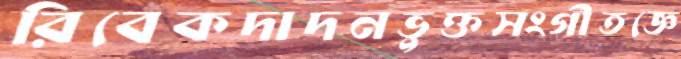
রিবেকদাদনভুক্তসংগীতজ্ঞে